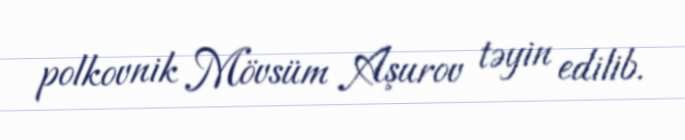
polkovnik Mövsüm Aşurov təyin edilib.